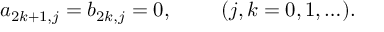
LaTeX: a _ { 2 k + 1 , j } = b _ { 2 k , j } = 0 , \ \ \ \ \ \ \ ( j , k = 0 , 1 , \ldots ) .